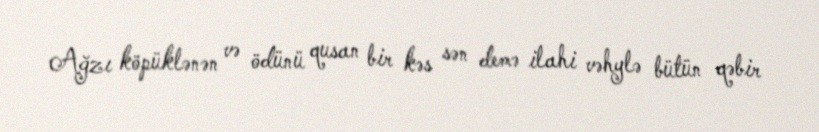
Ağzı köpüklənən və ödünü qusan bir kəs sən demə ilahi vəhylə bütün qəbir